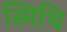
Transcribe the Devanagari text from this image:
स्मिथि